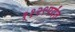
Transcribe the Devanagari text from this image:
११२९पर्यंत